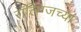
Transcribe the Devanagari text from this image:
रॉलिंग्जच्या